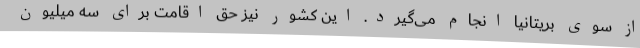
از سوی بریتانیا انجام می‌گیرد. این کشور نیز حق اقامت برای سه میلیون